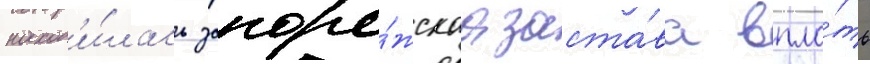
наход'и́лась запоро́жскаа заста́ва впло́ть